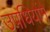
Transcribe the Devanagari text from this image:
उपधियोंमे